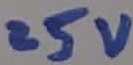
Text: 25V